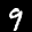
Label: 9